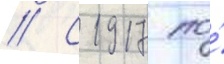
// С 1917 по́